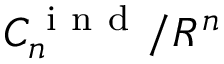
C _ { n } ^ { \mathrm { ~ i ~ n ~ d ~ } } / R ^ { n }